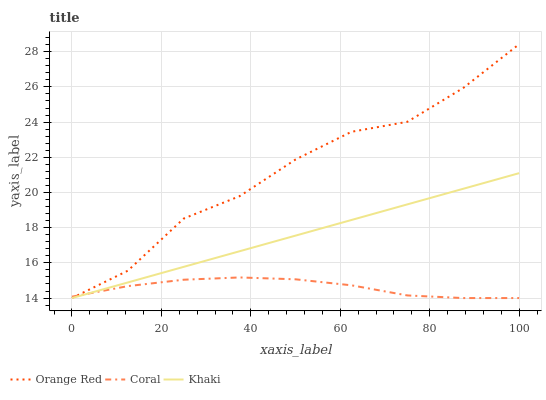
| xaxis_label | Orange Red | Coral | Khaki |
 | --- | --- | --- | --- |
 | 0 | 14 | 14.1 | 14 |
 | 12.5 | 15.6 | 14.7 | 14.9 |
 | 25 | 18.5 | 15 | 15.8 |
 | 37.5 | 19.8 | 15.2 | 16.7 |
 | 50 | 21.9 | 15.1 | 17.5 |
 | 62.5 | 23.4 | 14.7 | 18.4 |
 | 75 | 24 | 14.1 | 19.3 |
 | 87.5 | 25.9 | 14 | 20.2 |
 | 100 | 28.4 | 14 | 21.1 |